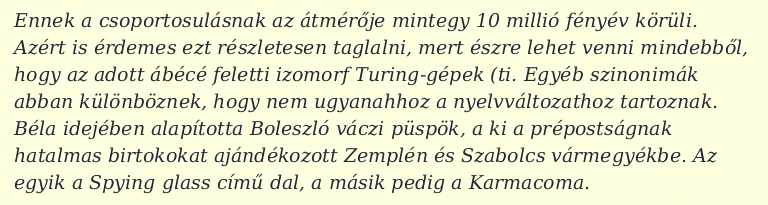
Ennek a csoportosulásnak az átmérője mintegy 10 millió fényév körüli. Azért is érdemes ezt részletesen taglalni, mert észre lehet venni mindebből, hogy az adott ábécé feletti izomorf Turing-gépek (ti. Egyéb szinonimák abban különböznek, hogy nem ugyanahhoz a nyelvváltozathoz tartoznak. Béla idejében alapította Boleszló váczi püspök, a ki a prépostságnak hatalmas birtokokat ajándékozott Zemplén és Szabolcs vármegyékbe. Az egyik a Spying glass című dal, a másik pedig a Karmacoma.